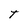
Character: T